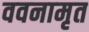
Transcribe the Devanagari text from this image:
ववनामृत